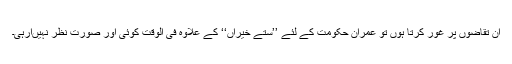
ان تقاضوں پر غور کرتا ہوں تو عمران حکومت کے لئے ’’ستے خیراں‘‘ کے علاوہ فی الوقت کوئی اور صورت نظر نہیںآرہی۔